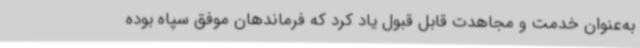
به‌عنوان خدمت و مجاهدت قابل قبول یاد کرد که فرماندهان موفق سپاه بوده